Civil Veterinary Department Bengal reports 1923-33 - 1923-1933
Year: 1923
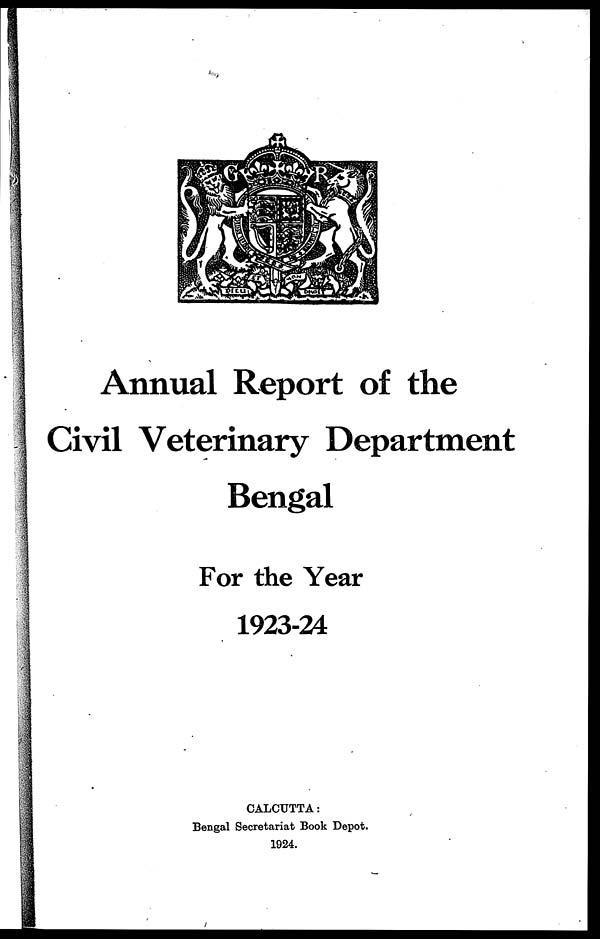
Annual Report of the
Civil Veterinary Department
Bengal
For the Year
1923-24
CALCUTTA:
Bengal Secretariat Book Depot.
1924.